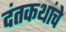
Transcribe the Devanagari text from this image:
दंतकथांचे